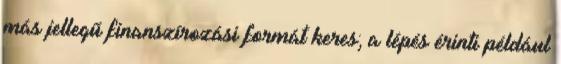
más jellegű finanszírozási formát keres; a lépés érinti például